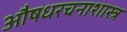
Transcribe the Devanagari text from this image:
औषधरचनाशास्त्र